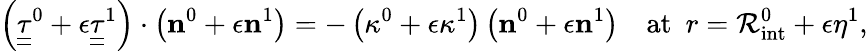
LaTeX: \left(\underline{{\underline{{{\tau}}}}}^{0}+\epsilon\underline{{\underline{{{\tau}}}}}^{1}\right)\cdot\left({\mathbf n}^{0}+\epsilon{\mathbf n}^{1}\right)=-\left(\kappa^{0}+\epsilon\kappa^{1}\right)\left({\mathbf n}^{0}+\epsilon{\mathbf n}^{1}\right)\quad\mathrm{at~}\ r=\mathcal{R}_{\mathrm{int}}^{0}+\epsilon\eta^{1},